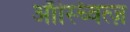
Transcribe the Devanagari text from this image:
ऑस्च्वित्ज़